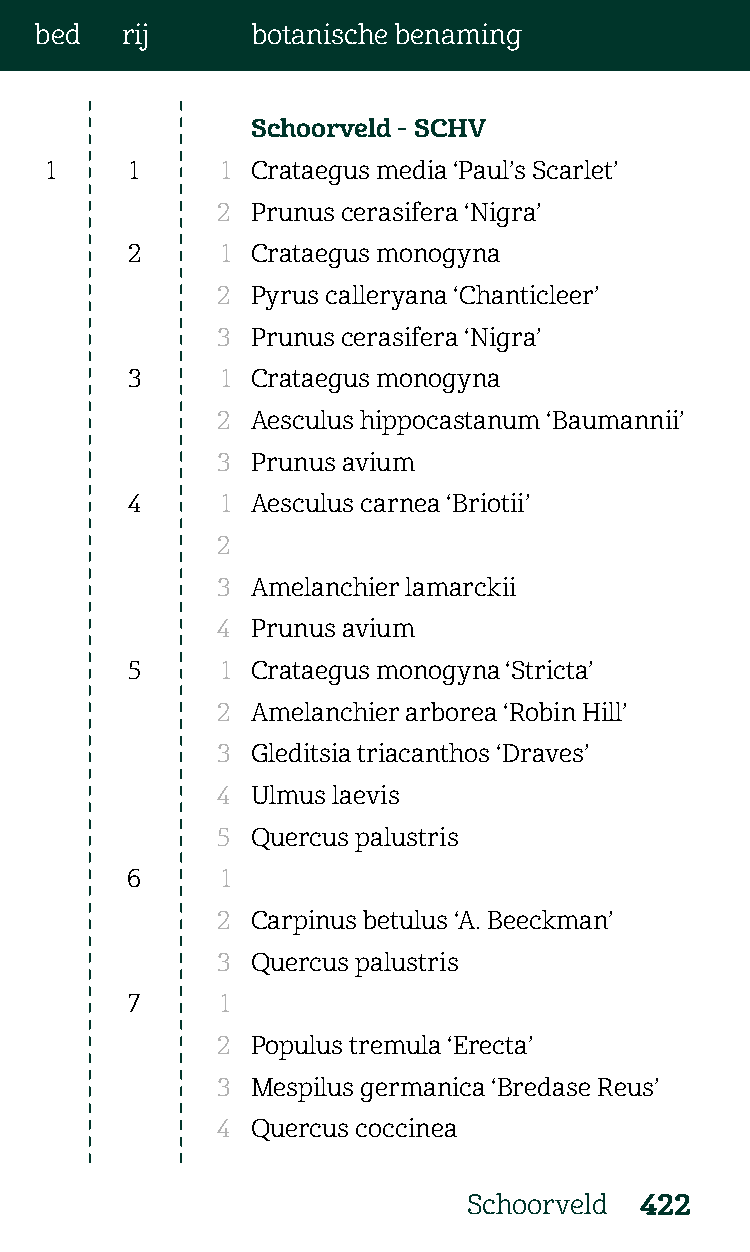
bed   rij      botanische benaming
 Schoorveld - SCHV
 1     1     1 Crataegus media ‘Paul’s Scarlet’
 2  Prunus cerasifera ‘Nigra’
 2      1 Crataegus monogyna
 2  Pyrus calleryana ‘Chanticleer’
 3  Prunus cerasifera ‘Nigra’
 3      1 Crataegus monogyna
 2  Aesculus hippocastanum ‘Baumannii’
 3  Prunus avium
 4      1 Aesculus carnea ‘Briotii’
 2
 3  Amelanchier lamarckii
 4  Prunus avium
 5      1 Crataegus monogyna ‘Stricta’
 2  Amelanchier arborea ‘Robin Hill’
 3  Gleditsia triacanthos ‘Draves’
 4  Ulmus laevis
 5  Quercus palustris
 6      1
 2  Carpinus betulus ‘A. Beeckman’
 3  Quercus palustris
 7     1
 2  Populus tremula ‘Erecta’
 3  Mespilus germanica ‘Bredase Reus’
 4  Quercus coccinea
 Schoorveld 422